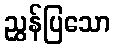
ညွှန်ပြသော